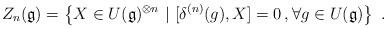
LaTeX: \begin{align*} Z_n(\mathfrak{g})=\left\{X\in U(\mathfrak{g})^{\otimes n}~|~[\delta^{(n)}(g),X]=0\,, \forall g\in U (\mathfrak{g})\right\}\ .\end{align*}